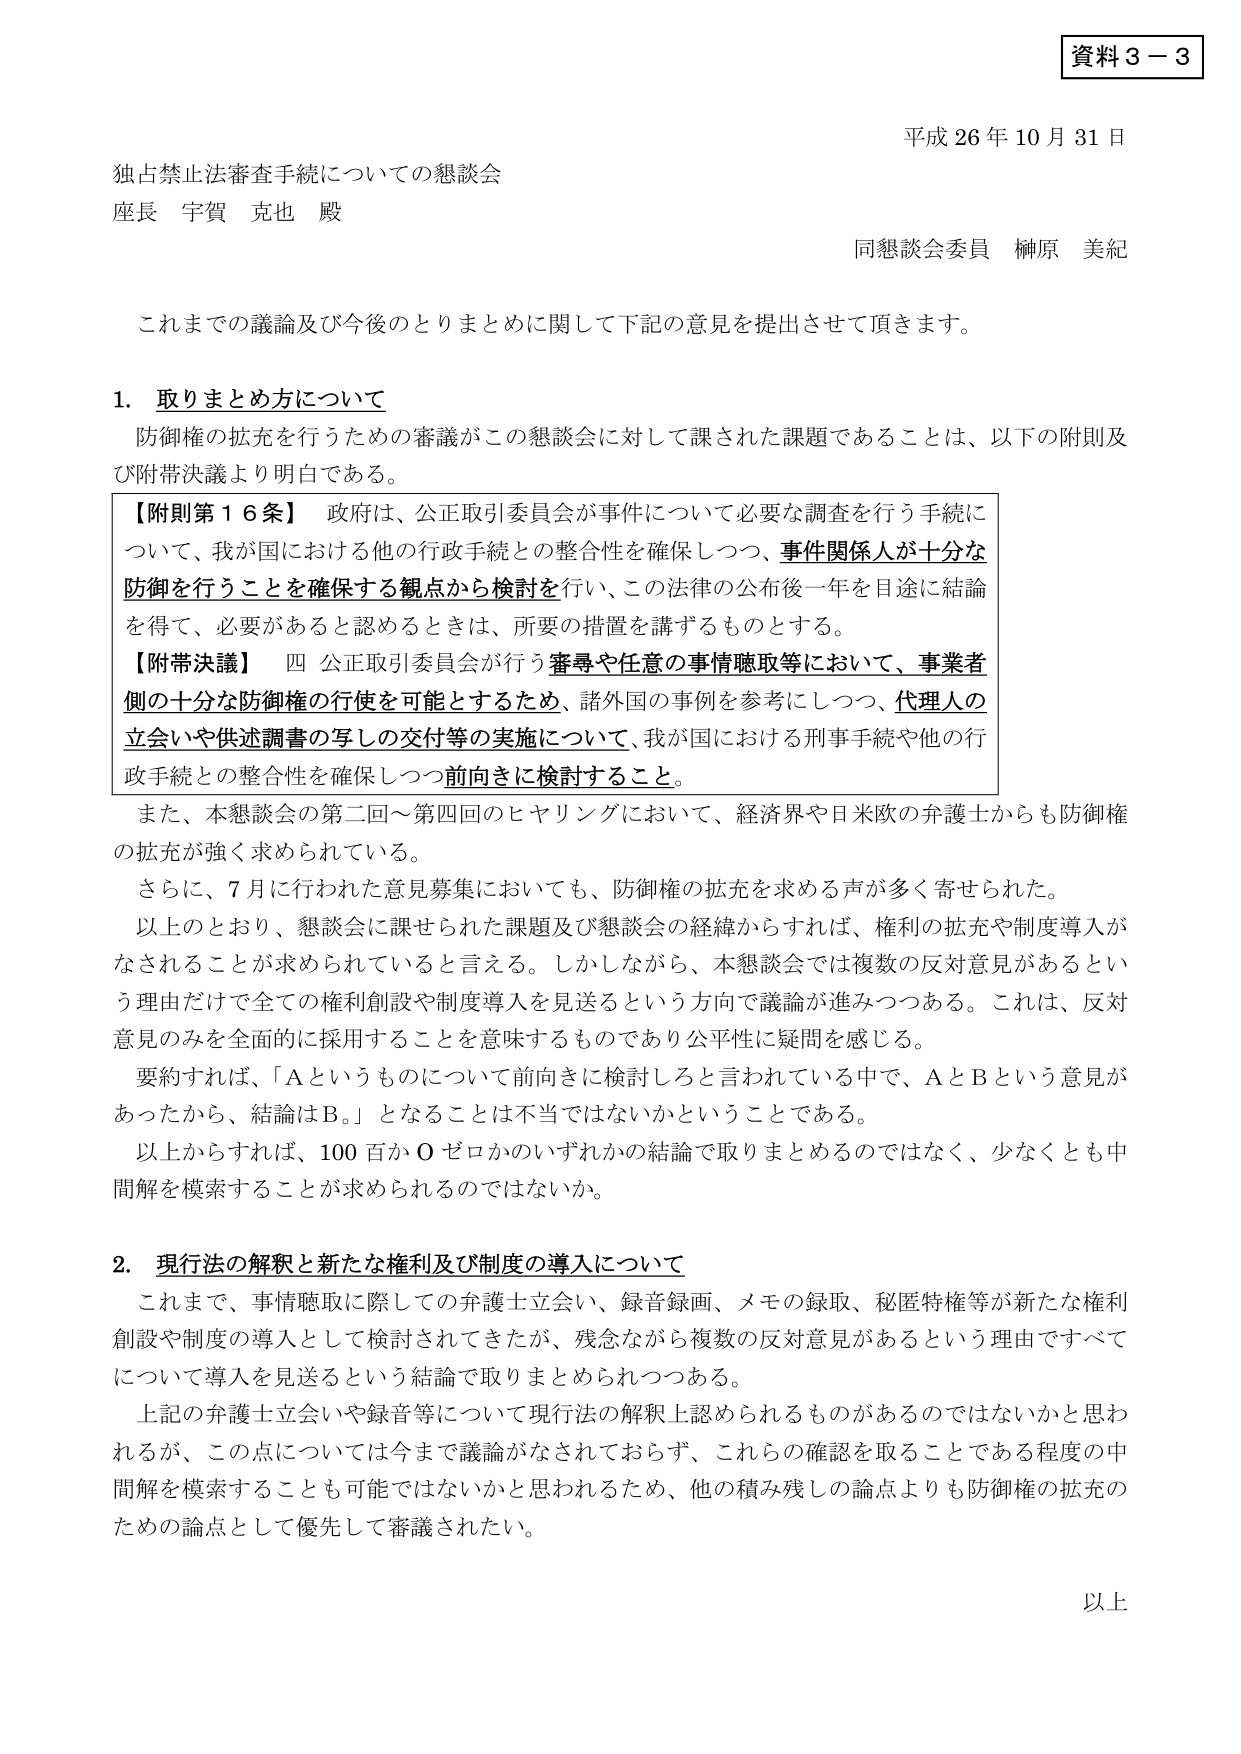
資料３－３
平成26年10月31日
独占禁止法審査手続についての懇談会
座長 宇賀 克也 殿
同懇談会委員 榊原 美紀

これまでの議論及び今後のとりまとめに関して下記の意見を提出させて頂きます。

1．取りまとめ方について
防御権の拡充を行うための審議がこの懇談会に対して課された課題であることは、以下の附則及び附帯決議より明白である。

【附則第16条】 政府は、公正取引委員会が事件について必要な調査を行う手続について、我が国における他の行政手続との整合性を確保しつつ、事件関係人が十分な防御を行うことを確保する観点から検討を行い、この法律の公布後一年を目途に結論を得て、必要があると認めるときは、所要の措置を講ずるものとする。
【附帯決議】 四 公正取引委員会が行う審尋や任意の事情聴取等において、事業者側の十分な防御権の行使を可能とするため、諸外国の事例を参考にしつつ、代理人の立会いや供述調書の写しの交付等の実施について、我が国における刑事手続や他の行政手続との整合性を確保しつつ前向きに検討すること。

また、本懇談会の第二回～第四回のヒヤリングにおいて、経済界や日米欧の弁護士からも防御権の拡充が強く求められている。
さらに、7月に行われた意見募集においても、防御権の拡充を求める声が多く寄せられた。
以上のとおり、懇談会に課せられた課題及び懇談会の経緯からすれば、権利の拡充や制度導入がなされることが求められていると言える。しかしながら、本懇談会では複数の反対意見があるという理由だけで全ての権利創設や制度導入を見送るという方向で議論が進みつつある。これは、反対意見のみを全面的に採用することを意味するものであり公平性に疑問を感じる。
要約すれば、「Aというものについて前向きに検討しろと言われている中で、AとBという意見があったから、結論はB。」となることは不当ではないかということである。
以上からすれば、100百かOゼロかのいずれかの結論で取りまとめるのではなく、少なくとも中間解を模索することが求められるのではないか。

2．現行法の解釈と新たな権利及び制度の導入について
これまで、事情聴取に際しての弁護士立会い、録音録画、メモの録取、秘匿特権等が新たな権利創設や制度の導入として検討されてきたが、残念ながら複数の反対意見があるという理由ですべてについて導入を見送るという結論で取りまとめられつつある。
上記の弁護士立会いや録音等について現行法の解釈上認められるものがあるのではないかと思われるが、この点については今まで議論がなされておらず、これらの確認を取ることである程度の中間解を模索することも可能ではないかと思われるため、他の積み残しの論点よりも防御権の拡充のための論点として優先して審議されたい。

以上